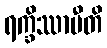
ရက္ခိဿာမီတိ